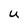
Character: U